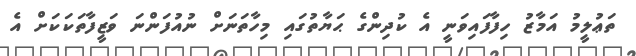
ތަޢުލީމު އަމާޒު ހިފާފައިވަނީ އެ ކުދިންގެ ޙަޔާތުގައި މިހާތަނަށް ނުއުފަންނަ ވަޒީފާތަކަކަށް އެ